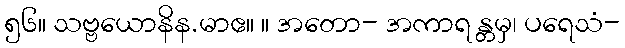
၅၆။ သဗ္ဗယောနိန.မာဧ။ ။ အတော- အကာရ န္တမှ၊ ပရေသံ-